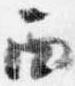
西